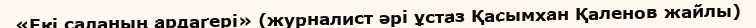
«Екі саланың ардагері» (журналист әрі ұстаз Қасымхан Қаленов жайлы)